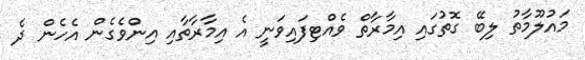
މައުލޫމާތު ލިބޭ ގޮތުގައި އިމާރާތް ވެއްޓިފައިވަނީ އެ އިމާރާތާއި އިންވެގެން އެހެން ދެ